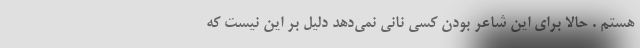
هستم . حالا برای این شاعر بودن کسی نانی نمی‌دهد دلیل بر این نیست که